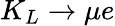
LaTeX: K_{L}\rightarrow\mu e